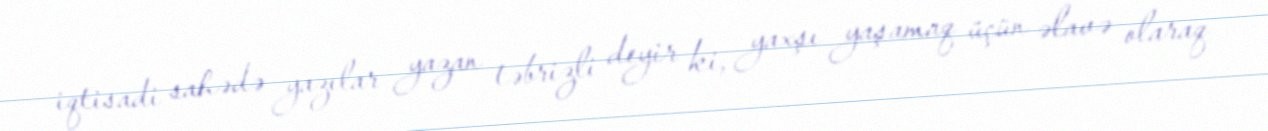
iqtisadi sahədə yazılar yazan təbrizli deyir ki, yaxşı yaşamaq üçün əlavə olaraq